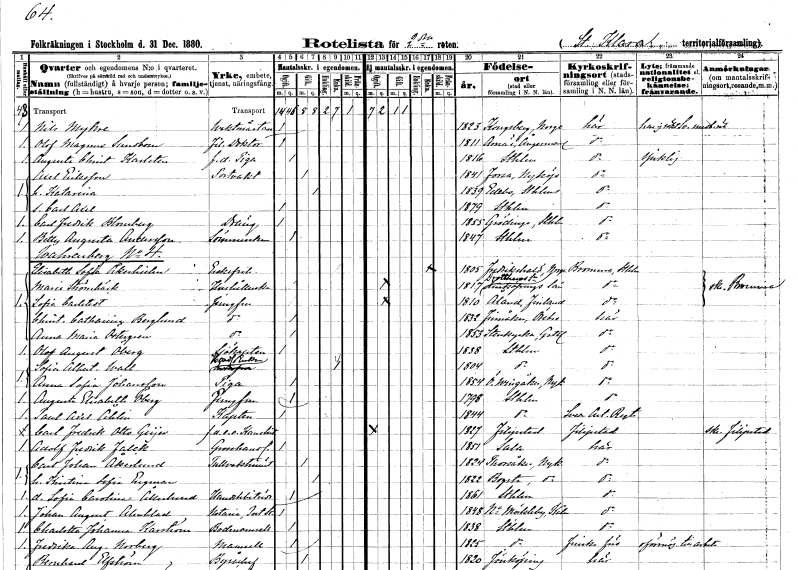
gt_parse: households: individuals: FN: Nils
EN: Myhre
YRKE: Vaktmästare
KON: M
CIV: O
FODAR: 1823
FN: Olof Magnus
EN: Sundbom
YRKE: Fil. doktor
KON: M
CIV: O
FODAR: 1811
FODFORS: Arnäs Västernorrlands län
FN: Augusta Christina
EN: Karlsten
YRKE: Piga f.d.
KON: K
CIV: O
FODAR: 1816
FODFORS: Stockholm
FN: Axel
EN: Eriksson
YRKE: Portvakt
KON: M
CIV: G
FODAR: 1841
FODFORS: Forsa Gävleborgs län
FN: Katarina
KON: K
CIV: G
FODAR: 1839
FODFORS: Edebo Stockholms län
FN: Carl Axel
KON: M
CIV: O
FODAR: 1879
FODFORS: Stockholm
FN: Carl Fredrik
EN: Blomberg
YRKE: Dräng
KON: M
CIV: O
FODAR: 1855
FODFORS: Grödinge Stockholms län
FN: Betty Augusta
EN: Andersson
YRKE: Sömmerska
KON: K
CIV: O
FODAR: 1847
FODFORS: Stockholm
FN: Elisabeth Sofia
EN: Åkerhielm
KON: K
CIV: E
FODAR: 1805
FN: Maria
EN: Strömbäck
YRKE: Hushållerska
KON: K
CIV: O
FODAR: 1817
FODFORS: Drothem Östergötlands län
FN: Sofia
EN: Carlstedt
YRKE: Jungfru
KON: K
CIV: O
FODAR: 1810
FN: Christina Catharina
EN: Berglund
YRKE: Jungfru
KON: K
CIV: O
FODAR: 1832
FODFORS: Fellingsbro Örebro län
FN: Anna Maria
EN: Östergren
YRKE: Jungfru
KON: K
CIV: O
FODAR: 1853
FODFORS: Stenkyrka Gotlands län
FN: Olof August
EN: Öberg
YRKE: Sjökapten
KON: M
CIV: O
FODAR: 1838
FODFORS: Stockholm
FN: Sofia Albertina
EN: Wall
YRKE: Handlandeänka
KON: K
CIV: E
FODAR: 1804
FODFORS: Stockholm
FN: Anna Sofia
EN: Johansson
YRKE: Piga
KON: K
CIV: O
FODAR: 1854
FODFORS: Östra Vingåker Södermanlands län
FN: Augusta Elisabeth
EN: Öberg
YRKE: Jungfru
KON: K
CIV: O
FODAR: 1798
FODFORS: Stockholm
FN: Paul Axel
EN: Åhlin
YRKE: Kapten
KON: M
CIV: O
FODAR: 1844
FODFORS: Stockholm
FN: Carl Fredrik Otto
EN: Geijer
YRKE: Kanslist e.o. f.d.
KON: M
CIV: O
FODAR: 1827
FODFORS: Filipstad Värmlands län
FN: Adolf Fredrik
EN: Falck
YRKE: Grosshandlare
KON: M
CIV: O
FODAR: 1851
FODFORS: Sala Västmanlands län
FN: Carl Johan
EN: Åkerlund
YRKE: Tullvaktmästare
KON: M
CIV: G
FODAR: 1824
FODFORS: Torsåker Södermanlands län
FN: Kristina Sofia
EN: Engman
KON: K
CIV: G
FODAR: 1822
FODFORS: Bogsta Södermanlands län
FN: Sofia Carolina
EN: Åkerlund
YRKE: Handelsbiträde
KON: K
CIV: O
FODAR: 1861
FODFORS: Stockholm